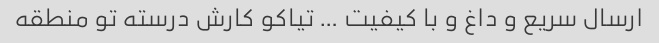
ارسال سریع و داغ و با کیفیت … تیاکو کارش درسته تو منطقه